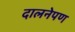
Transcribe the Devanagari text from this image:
दालनेपण